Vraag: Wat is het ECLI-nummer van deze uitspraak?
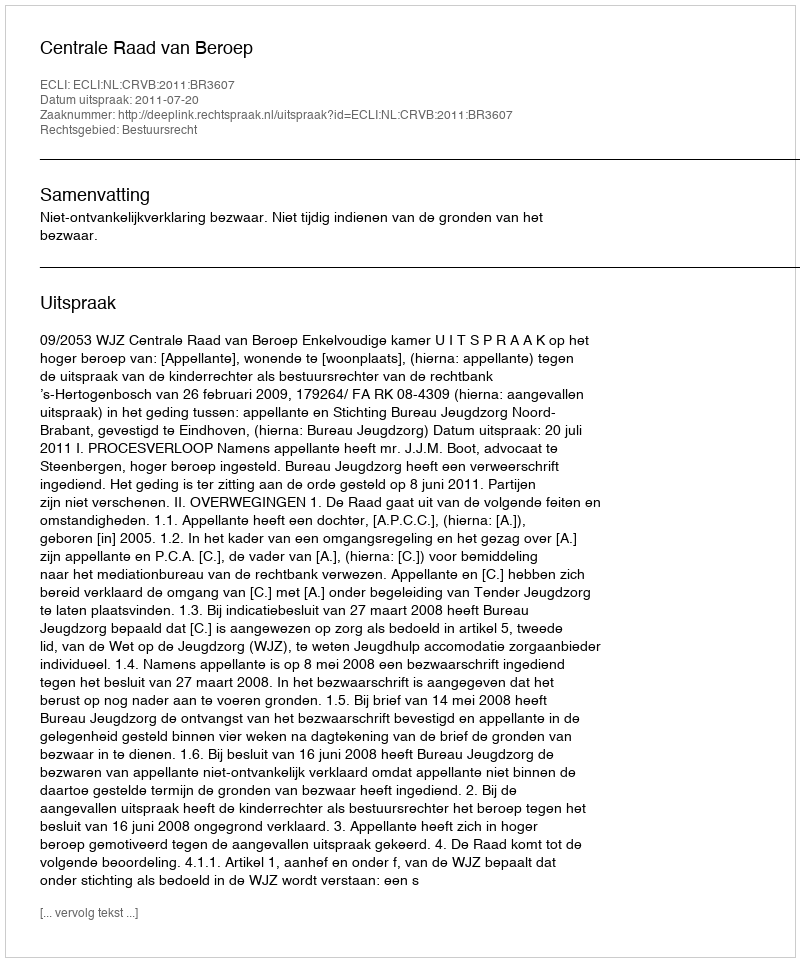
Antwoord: ECLI:NL:CRVB:2011:BR3607